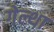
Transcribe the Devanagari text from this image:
गेल्था